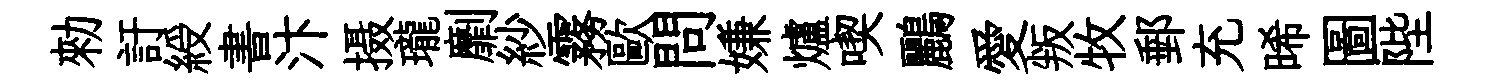
勑訏綬書汴摄瓏劘紗霧歐問嫌爐喫鸝愛叛牧郵充晞圖陛